Annual report on the working of the mental hospitals in the Madras Presidency - 1912-1932
Year: 1912
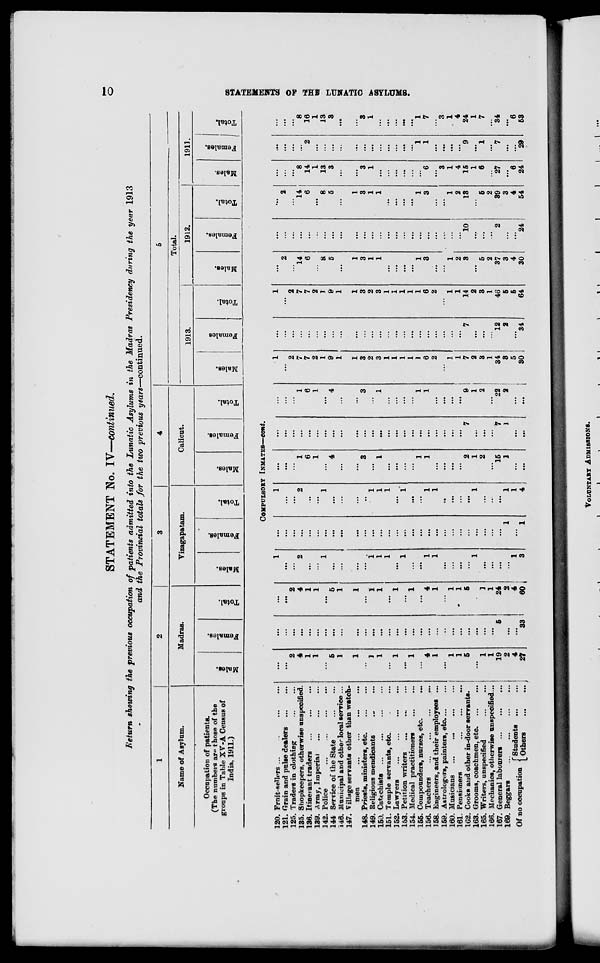
STATEMENT No. IT—-continued.
L'eturn showing the previous occupation of patients admitted into the Lunatic Asylums in the Madras Presidency during the year 1913
and the Provincial totals for the two previous years—continued.
1
2
3
4
5
Total.
Name of Asylum.
Madras.
Vizagapatam.
Calicut.
1913.
1912.
1911.
Occupation of patients.
■
DO
(The numbers ar« those of the
groups in Table XV-A Census of
"3
I
"3
02
D
D
"3
e
o
"3
BO
(0
®
"3
6
o
fa
■3
OD
9
1
Female
-i
09
m
o
"3
a
'd
09
«
"3
a
1
India, 1911.)
3
S
o
*3
O
3
-*>
o
EH
00
o
EH
a
09
fa
e
EH
at
fa |
o
EH
COMPUISOEY INMATES—con*.
120. Frnit-sellers ...
121. Grain and pulse dealers
125. Traders in clothing
135. Shopkeepers, otherwise unspecified.
136. Itinerant traders
139. Army, Imperial
142. Police
144 Service of the State
146. Municipal and other local service ...
147. Village servants other than watch-
men
...
...
...
...
148. Priests, ministers, etc.
149. Religious mendicants
150. Catechists
151. Temple servants, etc.
152. Lawyers
153. Petition writers
154. Medical practitioners
155. Compounders, nurses, etc.
156. Teachers
158. Engineers, and their employees ...
159. Astrologers, painters, etc ...
160. Musicians
...
...
161. Pensioners
162. Cooks and other in-door servants.
163. Grooms, coachmen, etc.
165. Writers, unspecified
166. Mechanics, otherwise unspecified...
167. General labourers ...
169. Beggars
~,
,.
f Students
Of no occupation [ 0fcherB
...
...
...
1
...
1
...
2
...
'" 2
4
2
...
"" 2
" 1
...
...
...
...
6
1
...
1
...
1
...
...
...
...
" 4
...
...
...
...
...
...
...
...
...
...
...
...
...
' 3
1
...
"" i
1
...
" 1
1
...
...
...
1
...
1
...
...
' 1
"" 1
...
...
...
...
1
1
...
'" 1
1
...
1
1
'•
...
...
"" 1
...
"" 1
2
1
2
'" 7
...
...
...
...
19
j
27
" 6
*33
24
2
4
I
60
1
3
" 1
1
"* 1
1
4
1
...
' 7
••
...
...
..
...
2
2
2
1
7
14
6
7
7
6
1
2
2
1
1
a
4
9
9
5
1
••
1
...
1
...
1
1
3
3
3
3
2
2
1
1
3
1
••
3
1
1
1
1
1
1
1
1
1
1
1
1
1
6
6
3
2
..
2
...
...
..
...
1
1
1
1
1
2
9
7
7
14
3
1
2
2
2
8
1
••
3
1
5
2
22
34
12
46
37
2
8
2
5
3
5
...
5
4
,
30
34
64
30
...
2
...
...
...
...
...
14
8
6
14
2
...
1
8
13
5
3
...
...
...
...
1
...
3
3
1
1
...
1
...
...
,..
...
...
...
...
...
...
...
...
...
1
1
3
6
1
...
...
...
...
3
...
1
I
...
2
4
10
13
15
9
1
5
6
1
2
...
2
89
27
7
3
...
4
6
24
54
24
29
8
16
1
13
3
3
1
CD
H
fed
s
H
QQ
o
Ha
»
H3
s
00
1
7
3
1
4
24
1
7
34
*6
53
VOLUNTARY ADMISSIONS.
1
1
1
1